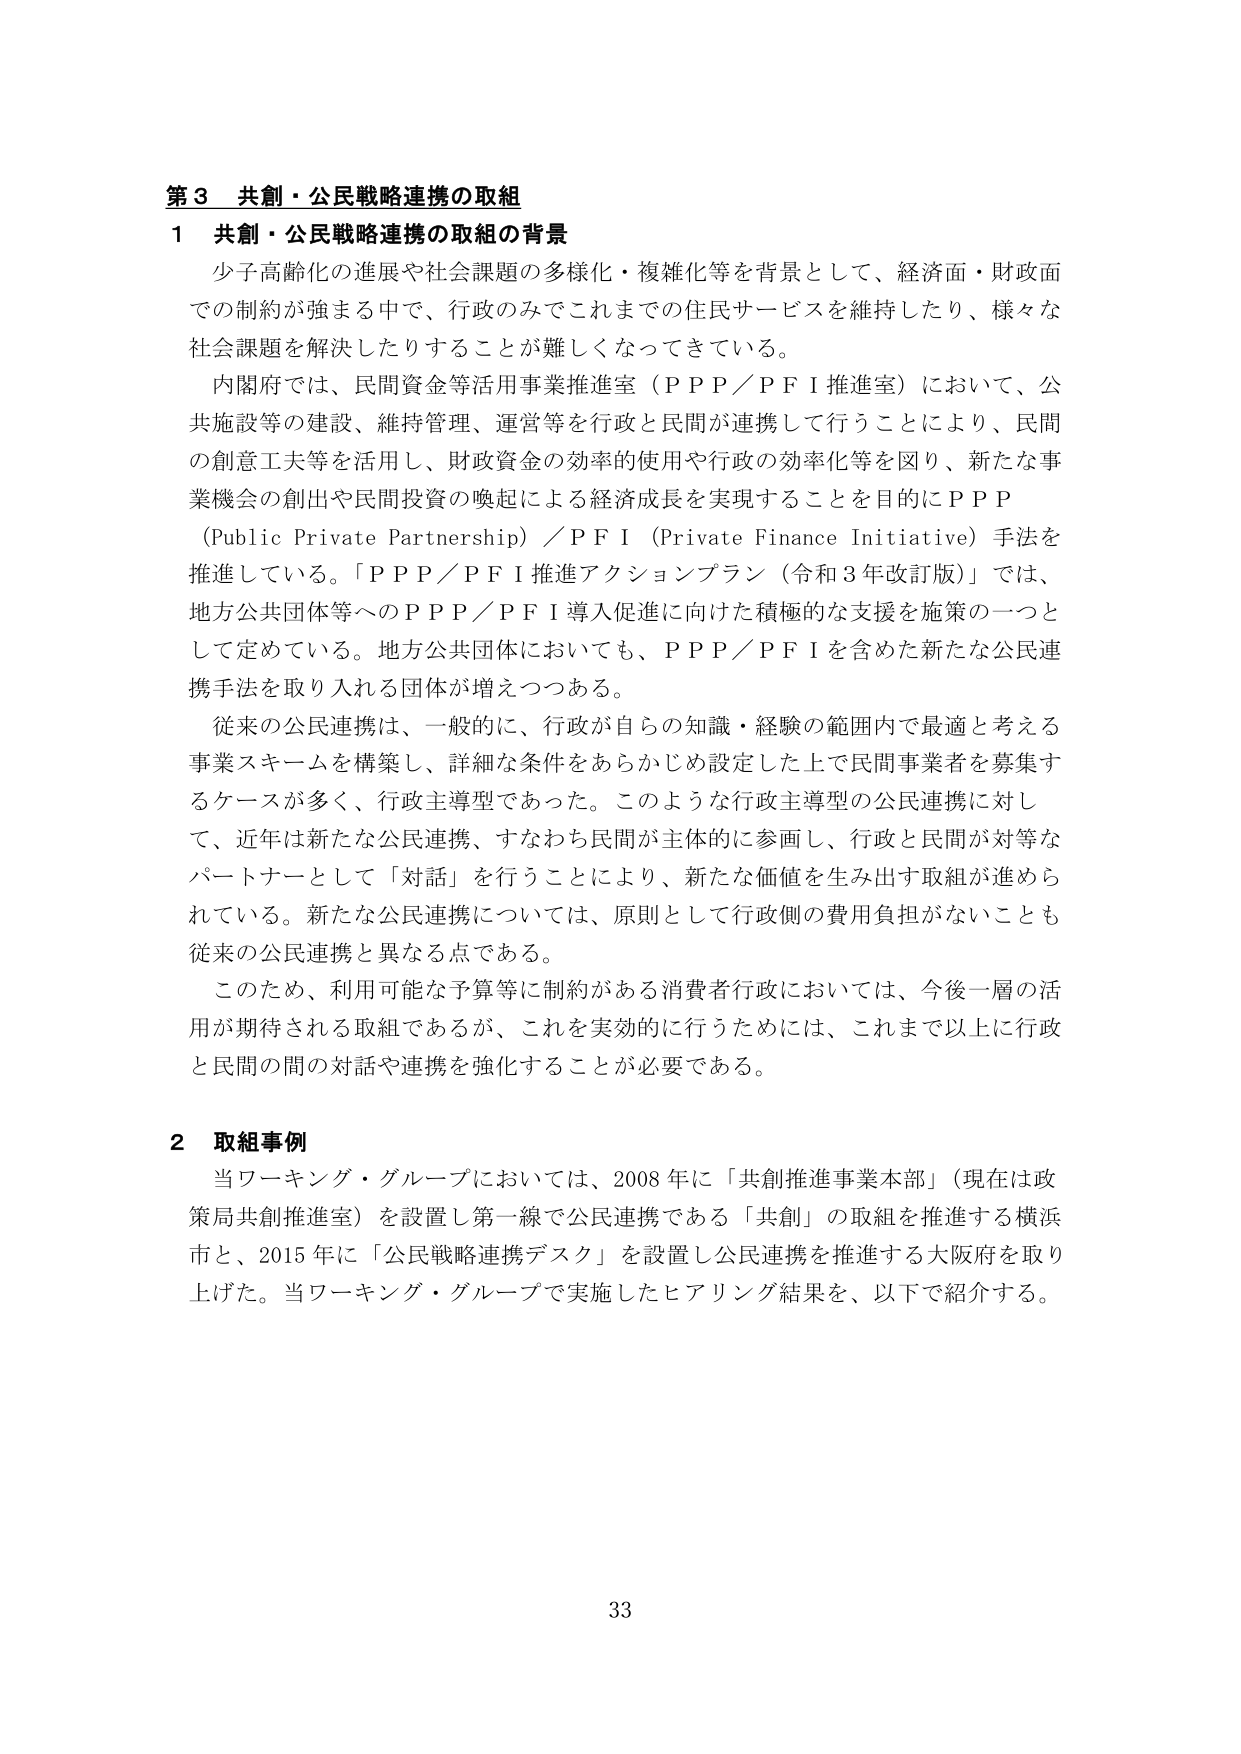
第３ 共創・公民戦略連携の取組

１ 共創・公民戦略連携の取組の背景

少子高齢化の進展や社会課題の多様化・複雑化等を背景として、経済面・財政面での制約が強まる中で、行政のみでこれまでの住民サービスを維持したり、様々な社会課題を解決したりすることが難しくなってきている。

内閣府では、民間資金等活用事業推進室（ＰＰＰ／ＰＦＩ推進室）において、公共施設等の建設、維持管理、運営等を行政と民間が連携して行うことにより、民間の創意工夫等を活用し、財政資金の効率的使用や行政の効率化等を図り、新たな事業機会の創出や民間投資の喚起による経済成長を実現することを目的にＰＰＰ（Public Private Partnership）／ＰＦＩ（Private Finance Initiative）手法を推進している。「ＰＰＰ／ＰＦＩ推進アクションプラン（令和３年改訂版）」では、地方公共団体等へのＰＰＰ／ＰＦＩ導入促進に向けた積極的な支援を施策の一つとして定めている。地方公共団体においても、ＰＰＰ／ＰＦＩを含めた新たな公民連携手法を取り入れる団体が増えつつある。

従来の公民連携は、一般的に、行政が自らの知識・経験の範囲内で最適と考える事業スキームを構築し、詳細な条件をあらかじめ設定した上で民間事業者を募集するケースが多く、行政主導型であった。このような行政主導型の公民連携に対して、近年は新たな公民連携、すなわち民間が主体的に参画し、行政と民間が対等なパートナーとして「対話」を行うことにより、新たな価値を生み出す取組が進められている。新たな公民連携については、原則として行政側の費用負担がないことも従来の公民連携と異なる点である。

このため、利用可能な予算等に制約がある消費者行政においては、今後一層の活用が期待される取組であるが、これを実効的に行うためには、これまで以上に行政と民間の間の対話や連携を強化することが必要である。

２ 取組事例

当ワーキング・グループにおいては、2008年に「共創推進事業本部」（現在は政策局共創推進室）を設置し第一線で公民連携である「共創」の取組を推進する横浜市と、2015年に「公民戦略連携デスク」を設置し公民連携を推進する大阪府を取り上げた。当ワーキング・グループで実施したヒアリング結果を、以下で紹介する。

33